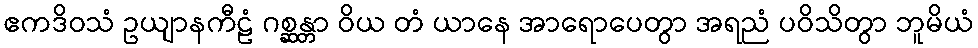
ဧကဒိဝသံ ဥယျာနကီဠံ ဂစ္ဆန္တာ ဝိယ တံ ယာနေ အာရောပေတွာ အရညံ ပဝိသိတွာ ဘူမိယံ